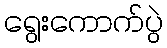
ရွေးကောက်ပွဲ